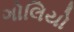
ગોલિયો